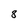
Character: 8